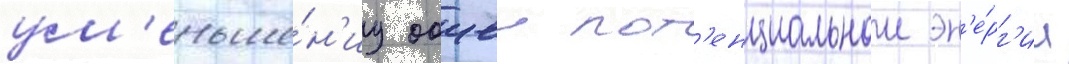
ум'еньше́н'иу общеи пот'енциальнои эн'е́рг'ии